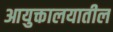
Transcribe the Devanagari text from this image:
आयुक्तालयातील